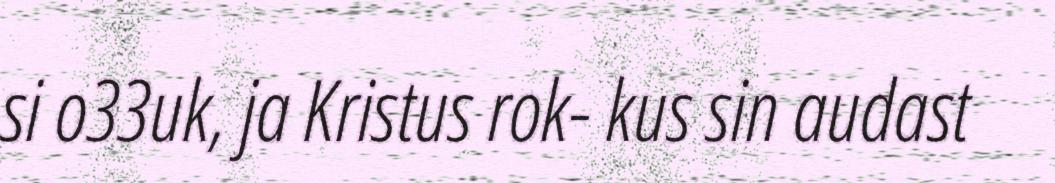
si o33uk, ja Kristus rok- kus sin audast